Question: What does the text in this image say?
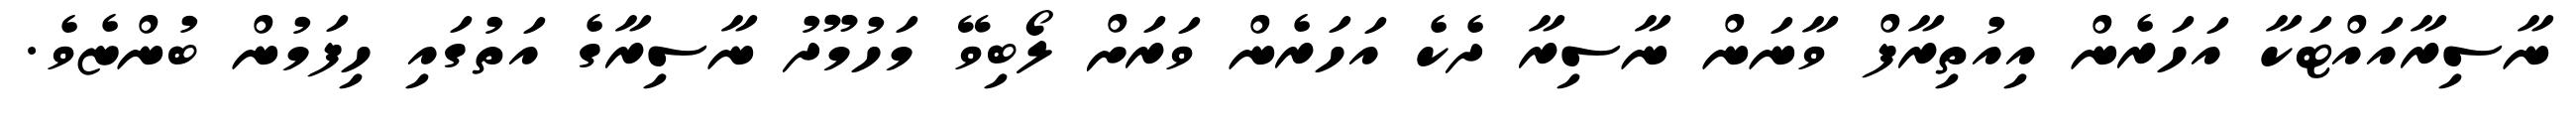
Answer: ނާސިރާއައްޓަކާ އަހަރެން އިއުތިރާފް ވާނަން ނާސިރާ ދެކެ އަހަރެން ވަރަށް ލޯބިވޭ މަހުމޫދު ނާސިރާގެ އަތުގައި ހިފަމުން ބުންޏެވެ.